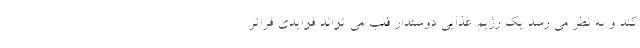
کند و به نظر می رسد یک رژیم غذایی دوستدار قلب می تواند فوایدی فراتر